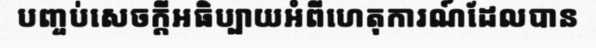
បញ្ចប់សេចក្តីអធិប្បាយអំពីហេតុការណ៍ដែលបាន